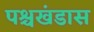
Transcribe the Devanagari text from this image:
पश्चखंडास